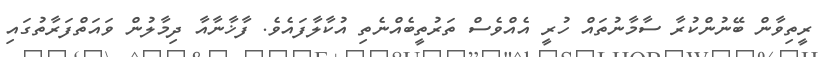
ރީތިވާން ބޭނުންކުރާ ސާމާނުތައް ހުރީ އެއްވެސް ތަރުތީބެއްނެތި އުކާލާފައެވެ. ފާޚާނާއާ ދިމާލުން ވައަތްފަރާތުގައި